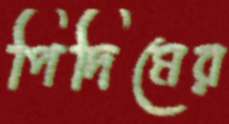
পিদিমের